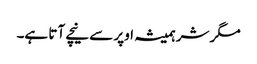
مگر شر ہمیشہ اوپر سے نیچے آتا ہے۔